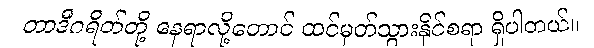
တာဒီဂရိတ်တို့ နေရာလို့တောင် ထင်မှတ်သွားနိုင်စရာ ရှိပါတယ်။